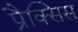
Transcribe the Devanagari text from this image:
प्रैक्सिस